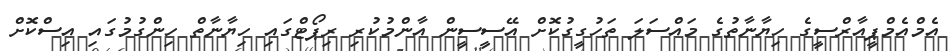
އެމްއެމްޕީއާރްސީގެ ހިޔާނާތުގެ މައްސަލަ ތަހުގީގުކޮށް އޭސީސީން އާންމުކުރި ރިޕޯޓްގައި ހިޔާނާތް ހިންގުމުގައި އިސްކޮށް